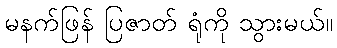
မနက်ဖြန် ပြဇာတ် ရုံကို သွားမယ်။